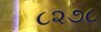
૮૨૭૮